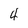
Character: 4